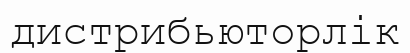
дистрибьюторлік